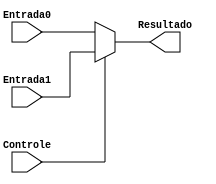
module MUX2_3 (Entrada0, Entrada1, Controle, Resultado);

  input [2:0] Entrada0, Entrada1;
  input Controle;
  output [2:0] Resultado;

  assign Resultado = Controle ? Entrada1 : Entrada0;

endmodule